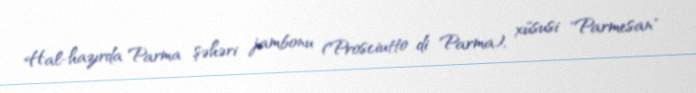
Hal-hazırda Parma şəhəri jambonu (Prosciutto di Parma), xüsusi "Parmesan"